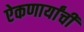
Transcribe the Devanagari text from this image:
ऐकणार्यांची